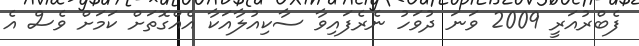
ފެބްރުއަރީ 2009 ވަނަ ދުވަހު ނެރެފައިވާ ސާކިއުލާއަކާ އެއްގޮތަށް ކަމަށް ވެސް އެ